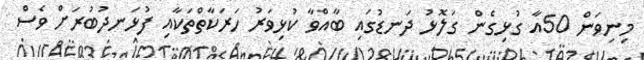
މިނިވަން 50އާ ގުޅިގެން ގަލޮޅު ދަނޑުގައި ބާއްވާ ކުޅިވަރު ހަރަކާތްތަކާއި ފުޅަނދުބުރަށް ވެސް